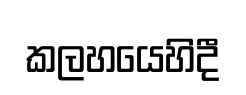
කලහයෙහිදී